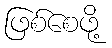
ဖြစ်စေဖို့